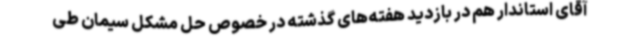
آقای استاندار هم در بازدید هفته‌های گذشته در خصوص حل مشکل سیمان طی